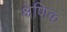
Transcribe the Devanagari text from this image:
क्ष्रेणिक